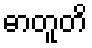
ဓာတူတိ